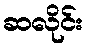
ဆလိုင်း